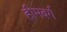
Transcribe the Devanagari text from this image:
हीमबर्ग